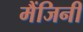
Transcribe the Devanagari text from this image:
मैंजिनी